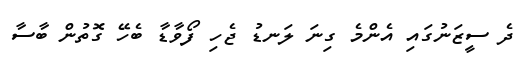
ދެ ސީޒަނުގައި އެންމެ ގިނަ ލަނޑު ޖެހި ފޯވާޑާ ބެހޭ ގޮތުން ބާސާ